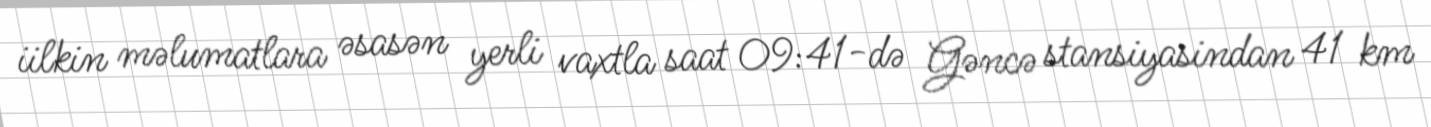
iilkin məlumatlara əsasən yerli vaxtla saat 09:41-də Gəncə stansiyasindan 41 km